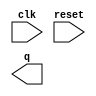
// Build a counter that counts from 0 to 999, inclusive, with a period of 1000 cycles. The reset input is synchronous, and should reset the counter to 0.

module top_module (
    input clk,
    input reset,
    output [9:0] q);

    // Insert your code here

endmodule